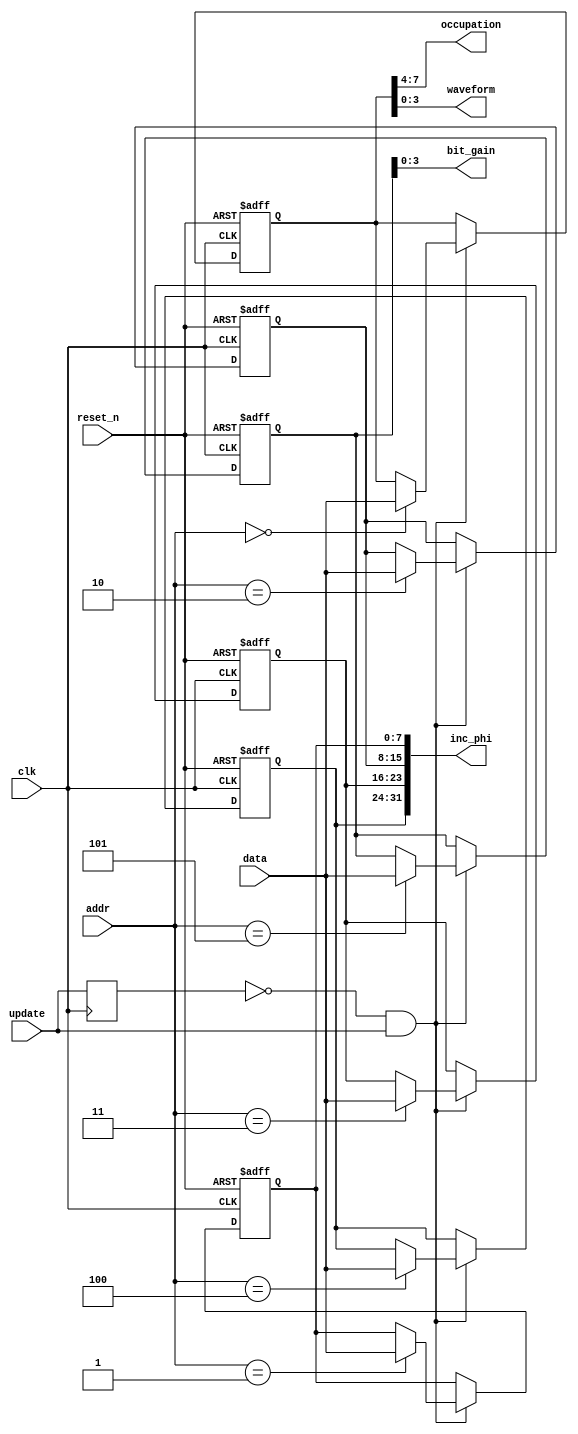
module reg_core (
	input clk,reset_n,update,
	input [7:0] addr,data,
	output [31:0] inc_phi,
	output [3:0] occupation,waveform,bit_gain //AD8369
);

	reg update_buf;
	always @(posedge clk)
		update_buf <= update;
		
	reg [7:0] register0,register1,register2,register3,register4,register5;
	always @(posedge clk or negedge reset_n)
		if (!reset_n) begin
			register0 <= 8'd242;
			register1 <= 8'd0;
			register2 <= 8'd0;
			register3 <= 8'd82;
			register4 <= 8'd0;
			register5 <= 8'd0;
			end
		else if (update_buf==1'd0 && update==1'd1)
			case (addr)
				8'd0 : register0 <= data;
				8'd1 : register1 <= data;
				8'd2 : register2 <= data;
				8'd3 : register3 <= data;
				8'd4 : register4 <= data;
				8'd5 : register5 <= data;
			endcase
	
	assign inc_phi = {register4, register3, register2, register1};
	assign occupation = register0[7:4];
	assign waveform = register0[3:0];
	assign bit_gain = register5[3:0];
endmodule